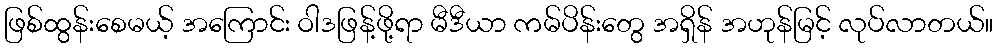
ဖြစ်ထွန်းစေမယ့် အကြောင်း ဝါဒဖြန့်ဖို့ရာ မီဒီယာ ကမ်ပိန်းတွေ အရှိန် အဟုန်မြင့် လုပ်လာတယ်။